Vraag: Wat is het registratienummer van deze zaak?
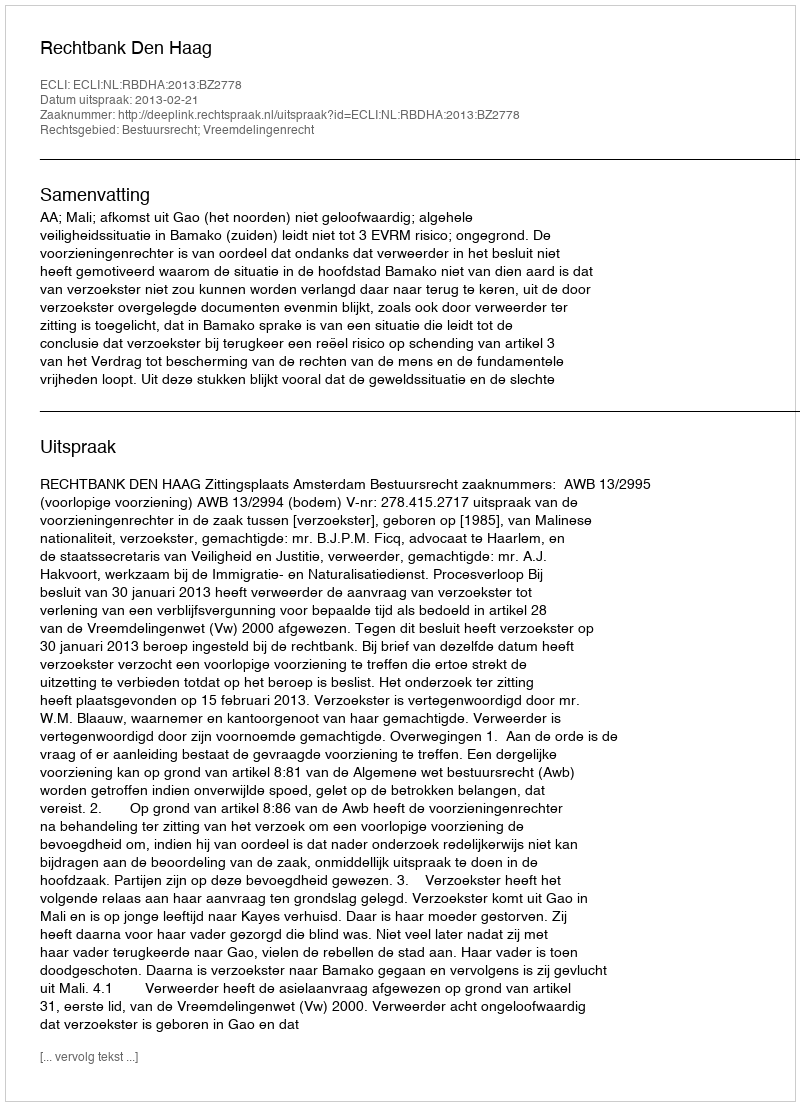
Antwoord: http://deeplink.rechtspraak.nl/uitspraak?id=ECLI:NL:RBDHA:2013:BZ2778